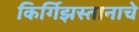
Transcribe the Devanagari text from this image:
किर्गिझस्तानाचे